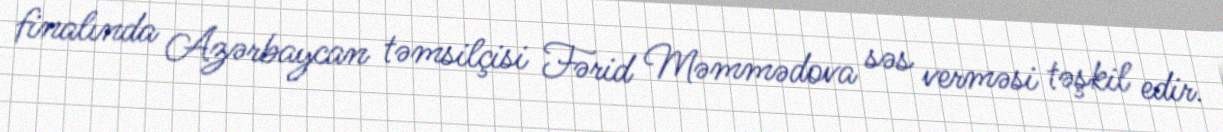
finalında Azərbaycan təmsilçisi Fərid Məmmədova səs verməsi təşkil edir.